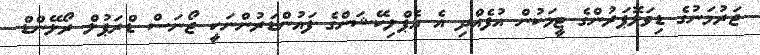
ޖަރުމަނުގެ ޑިވަލޮޕަރުންގެ ޓީމަކުން އުފެއްދި އެ އެޕްލިކޭޝަންގެ ފައުންޑަރުންނަކީ ޖޯނަސް ޑްރަޕުލް ރޯލޭންޑް